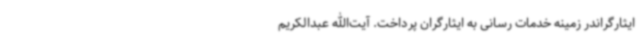
ایثارگراندر زمینه خدمات رسانی به ایثارگران پرداخت. آیت‌الله عبدالکریم